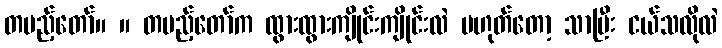
တပည့်တော်။ ။ တပည့်တော်က ထွားထွားကျိုင်းကျိုင်းလဲ မဟုတ်တော့ သာပြီး ငယ်သလိုလဲ